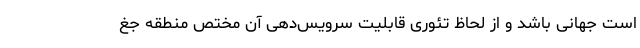
است جهانی باشد و از لحاظ تئوری قابلیت سرویس‌دهی آن مختص منطقه‌ جغ